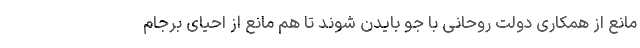
مانع از همکاری دولت روحانی با جو بایدن شوند تا هم مانع از احیای برجام